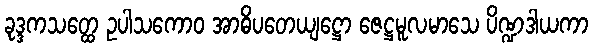
ခုဒ္ဒကသတ္ထေ ဥပါသကောဝ အာဓိပတေယျဋ္ဌော ဇေဋ္ဌမူလမာသေ ပိဏ္ဍဒါယကာ